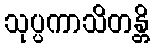
သုပ္ပကာသိတန္တိ